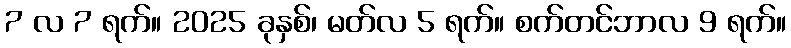
7 လ 7 ရက်။ 2025 ခုနှစ်၊ မတ်လ 5 ရက်။ စက်တင်ဘာလ 9 ရက်။